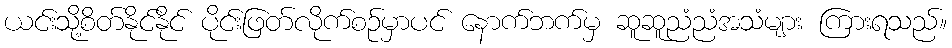
ယင်းသို့စိတ်နိုင်နိုင် ပိုင်းဖြတ်လိုက်စဉ်မှာပင် နောက်ဘက်မှ ဆူဆူညံညံအသံများ ကြားရသည်။